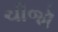
ચીજૉ